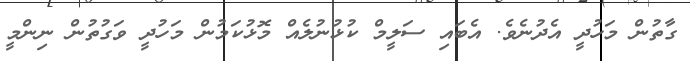
ގާތުން މަހުދީ އެދުނެވެ. އެބައި ސަލީމް ކުޅުނުލެއް މޮޅުކަމުން މަހުދީ ވަގުތުން ނިންމީ